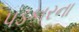
પડકારના